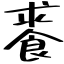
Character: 𩛰